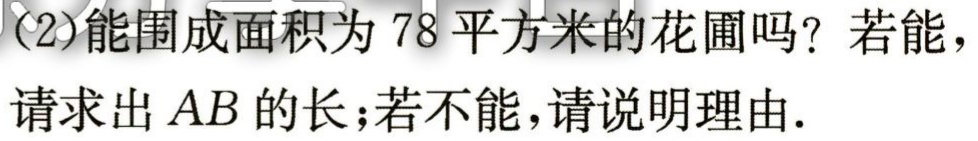
(2)能围成面积为78平方米的花圃吗？若能，请求出 \(AB\) 的长；若不能，请说明理由.